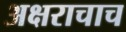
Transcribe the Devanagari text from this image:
अक्षराचाच